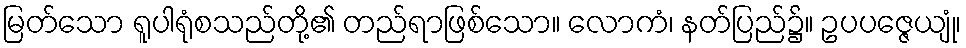
မြတ်သော ရူပါရုံစသည်တို့၏ တည်ရာဖြစ်သော။ လောကံ၊ နတ်ပြည်၌။ ဥပပဇ္ဇေယျုံ၊